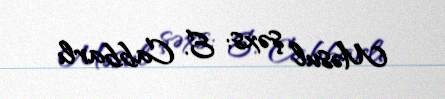
Məsul şəxs: E. Cabbarlı